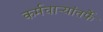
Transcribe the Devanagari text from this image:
कर्मचाऱ्यांतर्फे